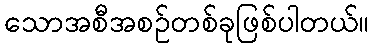
သောအစီအစဉ်တစ်ခုဖြစ်ပါတယ်။